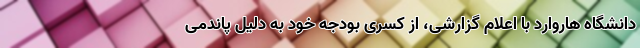
دانشگاه هاروارد با اعلام گزارشی، از کسری بودجه خود به دلیل پاندمی